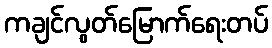
ကချင်လွတ်မြောက်ရေးတပ်